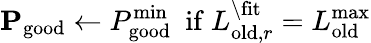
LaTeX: \mathbf{P}_{\mathrm{good}}\leftarrow P_{\mathrm{good}}^{\mathrm{min}}\ \ \mathrm{if}\ L_{\mathrm{old},r}^{\backslash\mathrm{fit}}=L_{\mathrm{old}}^{\mathrm{max}}